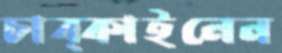
চাব্‌কাইলেন